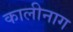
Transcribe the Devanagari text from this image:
कालीनाग